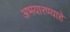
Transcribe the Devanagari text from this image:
अभयारण्याहे